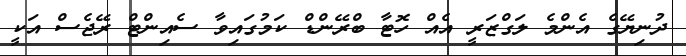
ދުނިޔޭގެ އެންމެ ލަގްޒަރީ އެއް ހޮޓާ ބްރޭންޑް ކަމުގައިވާ ސެއިންޓް ރޭޖެސް އަކީ